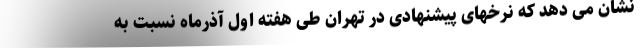
نشان می دهد که نرخهای پیشنهادی در تهران طی هفته اول آذرماه نسبت به